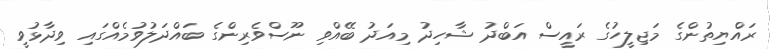
ރައްޔިތުންގެ މަޖިލީހުގެ ރައީސް އަބްދު ޝާހިދު މިއަދު ބޭއްވި ނޫސްވެރިންގެ ބައްދަލުވުމެއްގައި ވިދާޅުވީ